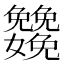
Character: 𡤳